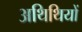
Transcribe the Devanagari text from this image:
अथिथियों